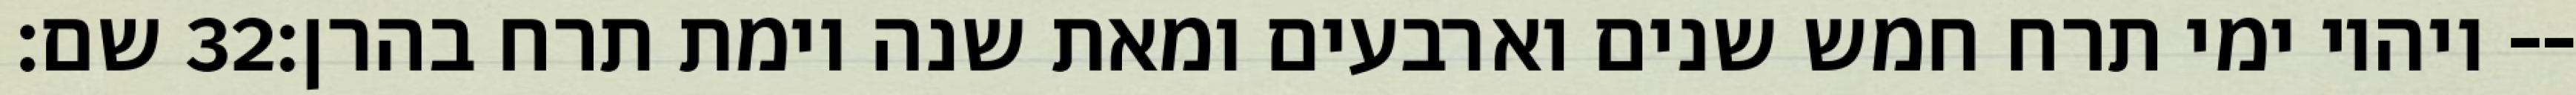
שם׃ ‎32‏ ויהיו ימי תרח חמש שנים וארבעים ומאת שנה וימת תרח בהרן׃--